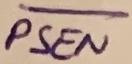
Text: PSEN